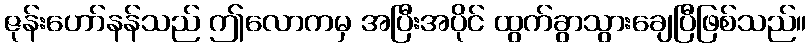
ဇုန်းဟော်နန်သည် ဤလောကမှ အပြီးအပိုင် ထွက်ခွာသွားချေပြီဖြစ်သည်။